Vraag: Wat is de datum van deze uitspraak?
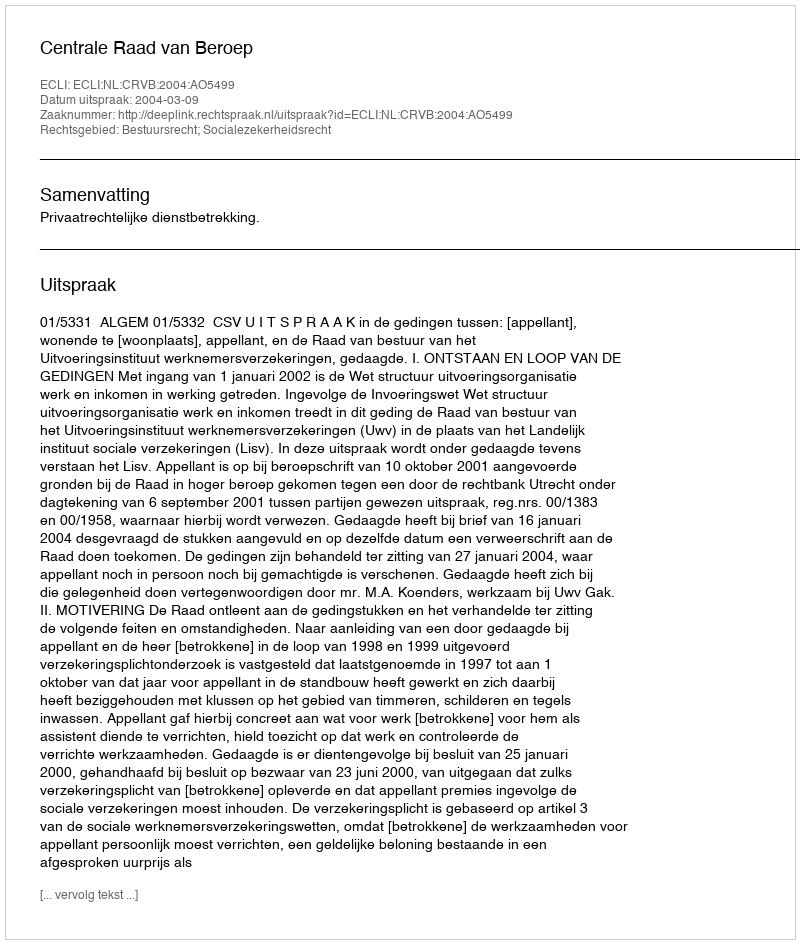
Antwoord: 2004-03-09